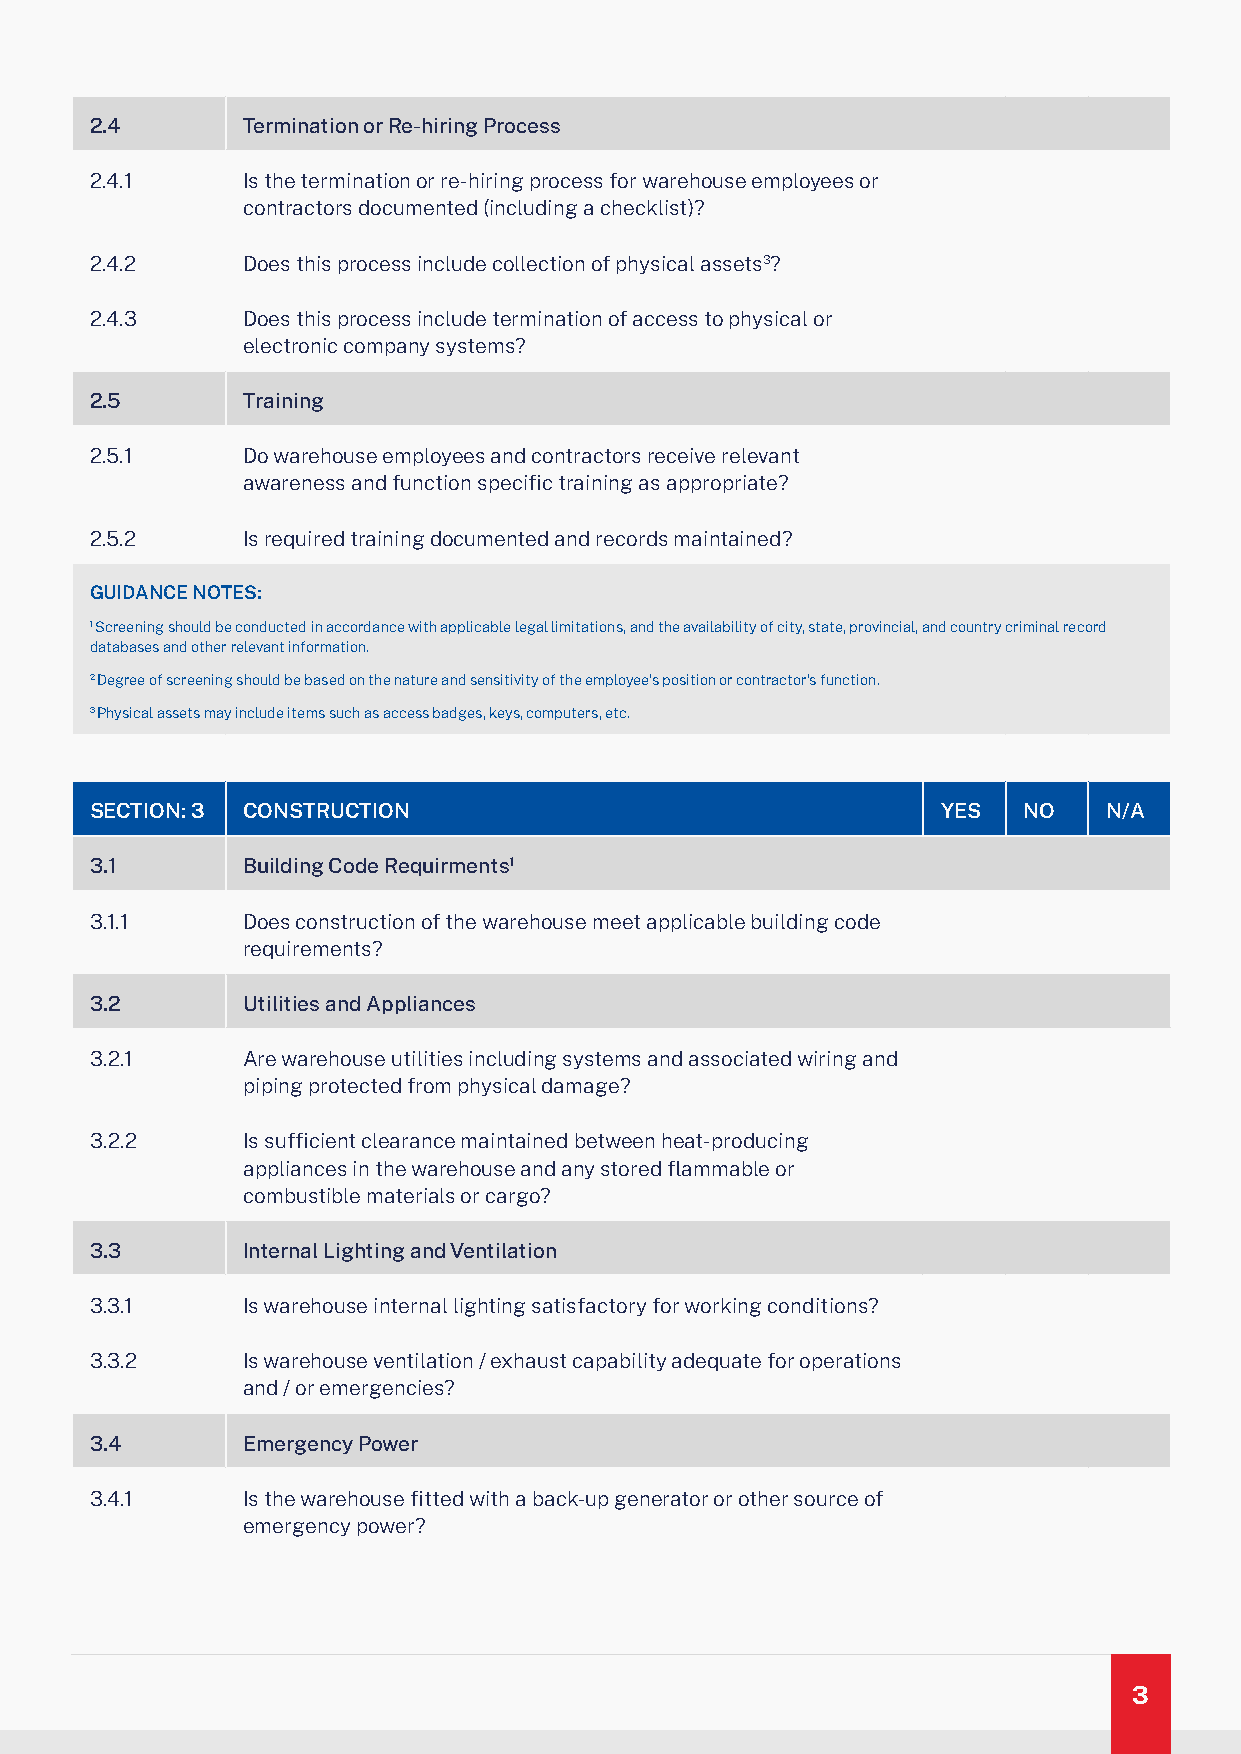
2.4       Termination or Re-hiring Process
 2.4.1     Is the termination or re-hiring process for warehouse employees or
 contractors documented (including a checklist)?
 2.4.2     Does this process include collection of physical assets3?
 2.4.3     Does this process include termination of access to physical or
 electronic company systems?
 2.5       Training
 2.5.1     Do warehouse employees and contractors receive relevant
 awareness and function specific training as appropriate?
 2.5.2     Is required training documented and records maintained?
 GUIDANCE NOTES:
 1 Screening should be conducted in accordance with applicable legal limitations, and the availability of city, state, provincial, and country criminal record
 databases and other relevant information.
 2 Degree of screening should be based on the nature and sensitivity of the employee’s position or contractor’s function.
 3 Physical assets may include items such as access badges, keys, computers, etc.
 SECTION: 3 CONSTRUCTION                                 YES   NO   N/A
 3.1       Building Code Requirments1
 3.1.1     Does construction of the warehouse meet applicable building code
 requirements?
 3.2       Utilities and Appliances
 3.2.1     Are warehouse utilities including systems and associated wiring and
 piping protected from physical damage?
 3.2.2     Is sufficient clearance maintained between heat-producing
 appliances in the warehouse and any stored flammable or
 combustible materials or cargo?
 3.3       Internal Lighting and Ventilation
 3.3.1     Is warehouse internal lighting satisfactory for working conditions?
 3.3.2     Is warehouse ventilation / exhaust capability adequate for operations
 and / or emergencies?
 3.4       Emergency Power
 3.4.1     Is the warehouse fitted with a back-up generator or other source of
 emergency power?
 3